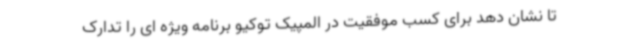
تا نشان دهد برای کسب موفقیت در المپیک توکیو برنامه ویژه ای را تدارک